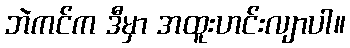
ဘဲကင်က ဒီမှာ အထူးဟင်းလျာပါ။